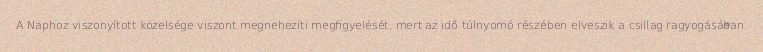
A Naphoz viszonyított közelsége viszont megnehezíti megfigyelését, mert az idő túlnyomó részében elveszik a csillag ragyogásában.